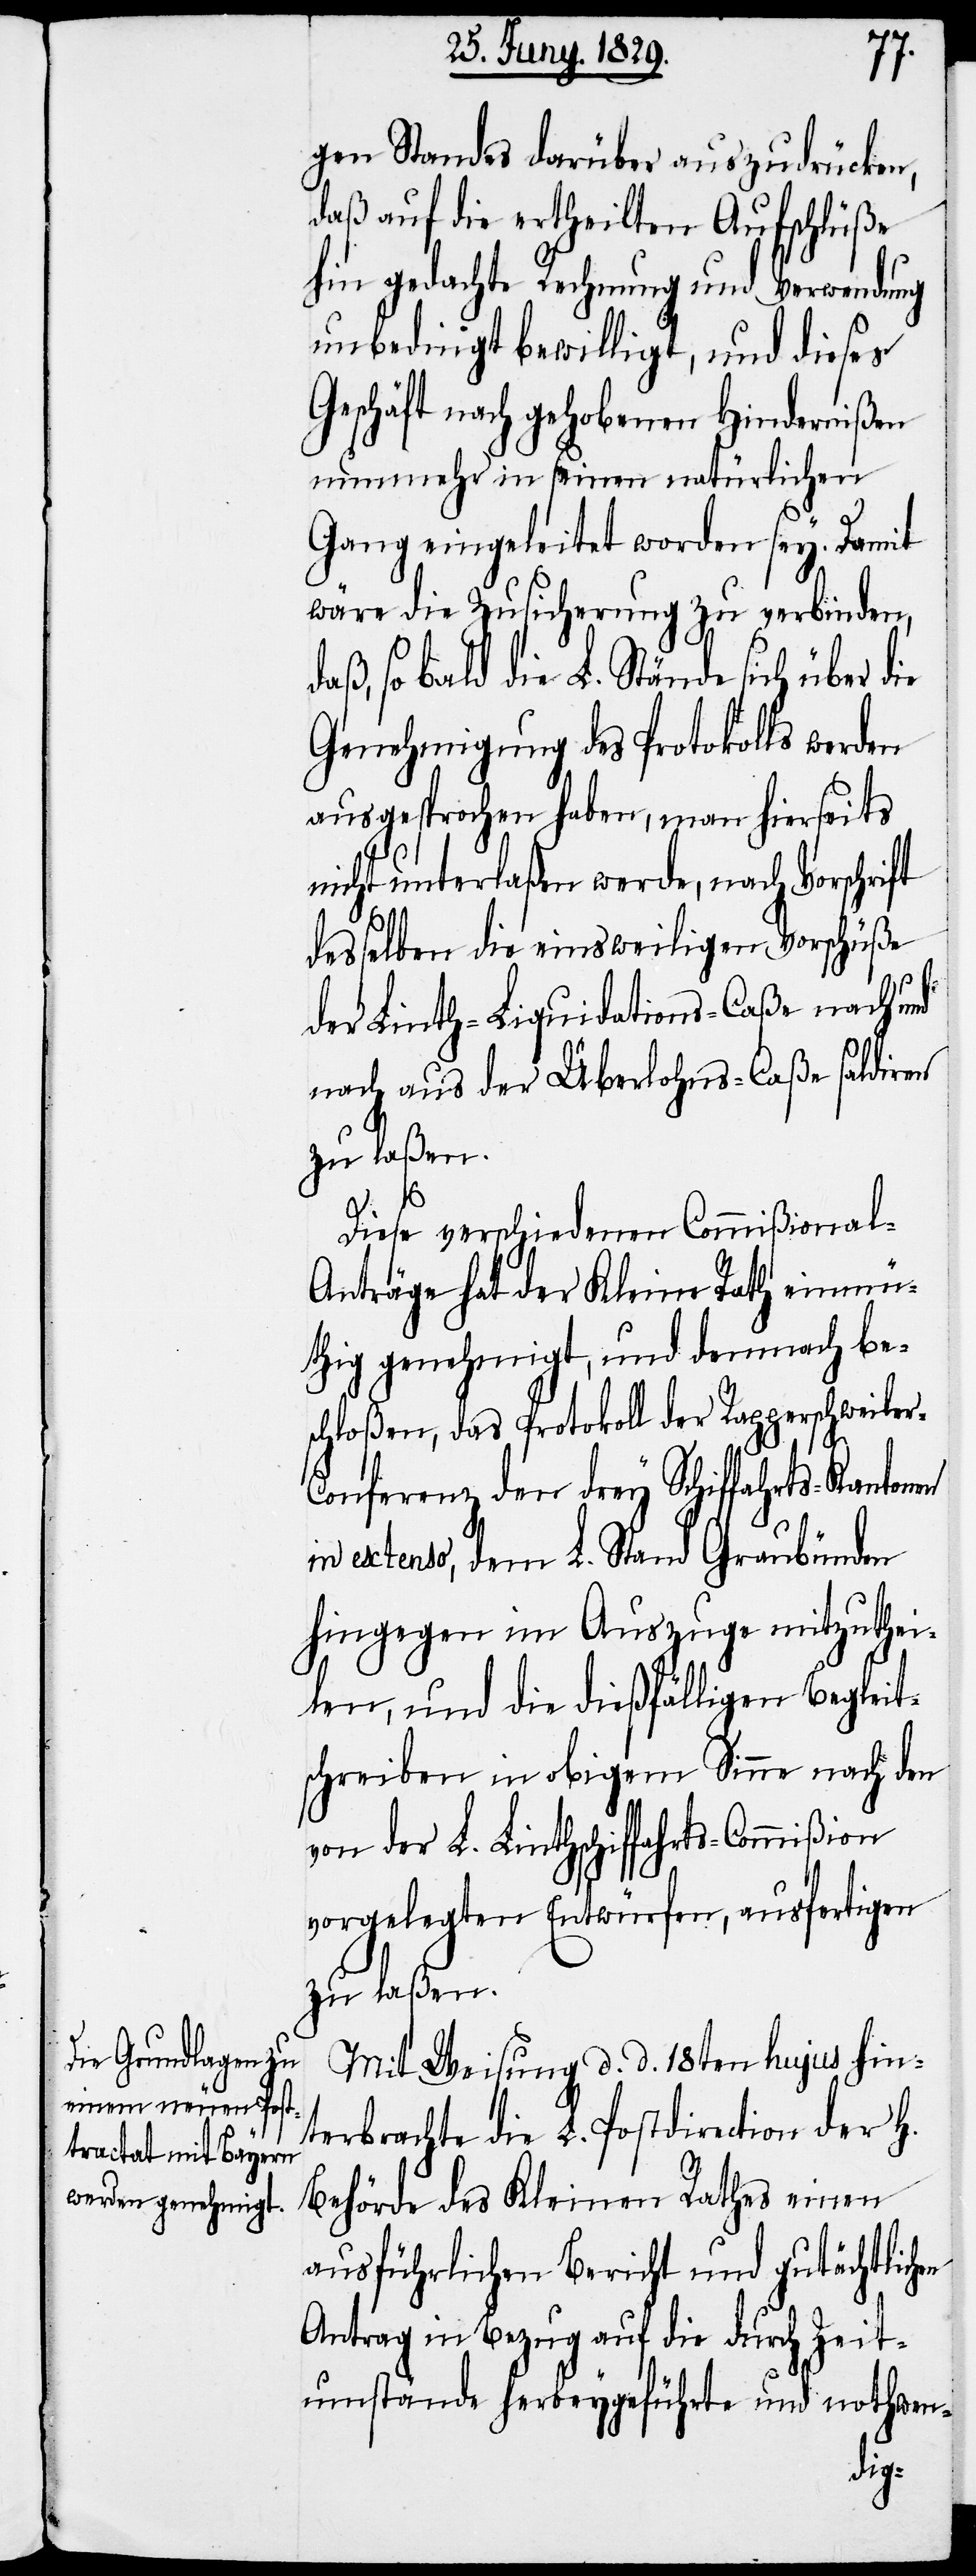
en
gen Standes darüber auszudrücken,
daß auf die ertheilten Aufschlüße
hin gedachte Rechnung und Verwendung
unbedingt bewilligt, und dieses
Geschäft nach gehobenen Hindernißen
nunmehr in seinen natürlichen
Gang eingeleitet worden sey. Damit
wäre die Zusicherung zu verbinden,
daß, so bald die L. Stände sich über die
Genehmigung des Protokolls werden
ausgesprochen haben, man hierseits
nicht unterlaßen werde, nach Vorschrift
desselben die einsweiligen Vorschüße
der Linth-Liquidations-Caße nach und
nach aus der Überlohns-Caße saldiren
zu laßen.
r-C¬
Diese verschiedenen Commißional-A¬
nträge hat der Kleine Rath einmü¬
thig genehmigt, und demnach be¬
schloßen, das Protokoll der Rapperschweile¬
onferenz den drey Schiffahrts-Kantonen
in extenso, dem L. Stand Graubünden
hingegen im Auszuge mitzuthei¬
len, und die dießfälligen Begleit¬
schreiben in obigem Sinne nach den
von der L. Linthschiffahrts-Commißion
vorgelegten Entwürfen, ausfertigen
zu laßen.
Mit Weisung d. d. 18ten hujus hin¬
terbrachte die L. Postdirection der H.
Behörde des Kleinen Rathes einen
ausführlichen Bericht und gutächtlich¬
Antrag in Bezug auf die durch Zeit¬
umstände herbeygeführte und nothwen-